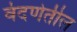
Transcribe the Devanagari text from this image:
वंदणेतील